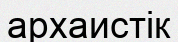
архаистік